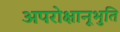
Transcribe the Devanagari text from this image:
अपरोक्षानूभुति